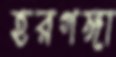
হরগঙ্গা